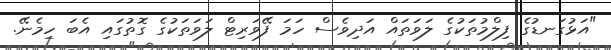
"އަޅުގަނޑުގެ ފިލްމުތަކުގެ ލަވަތައް އަދިވެސް ހަމަ ފޭވަރިޓް ލަވަތަކުގެ ގޮތުގައި އެބަ ހިމެނޭ.